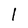
Character: l